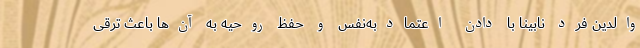
والدین فرد نابینا با دادن اعتمادبه‌نفس و حفظ روحیه به آن‌ها باعث ترقی